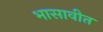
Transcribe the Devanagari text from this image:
भासावीत